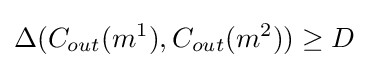
\Delta (C_{out}(m^{1}),C_{out}(m^{2}))\geq D